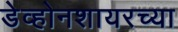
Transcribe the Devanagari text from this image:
डेव्होनशायरच्या